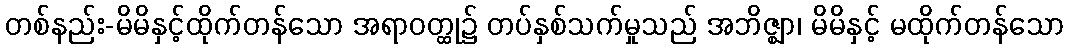
တစ်နည်း-မိမိနှင့်ထိုက်တန်သော အရာဝတ္ထု၌ တပ်နှစ်သက်မှုသည် အဘိဇ္ဈာ၊ မိမိနှင့် မထိုက်တန်သော